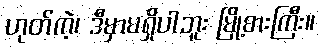
ဟုတ်ကဲ့၊ ဒီမှာမရှိပါဘူး မြို့စားကြီး။